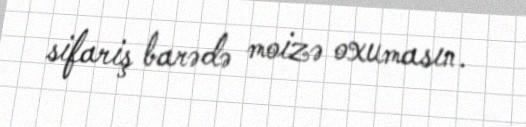
sifariş barədə moizə oxumasın.